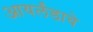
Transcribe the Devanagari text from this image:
आयर्लंडाचे